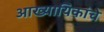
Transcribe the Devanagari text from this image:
आख्यायिकांचे